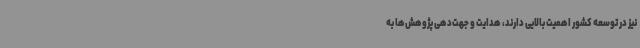
نیز در توسعه کشور اهمیت بالایی دارند، هدایت و جهت‌دهی پژوهش‌ها به